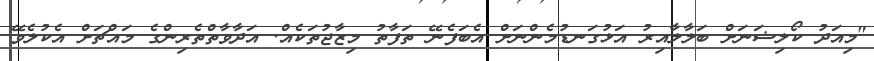
"މިއަދު ކޯލިޝަނަށް ބަލާލާއިރު އަޅުގަނޑުމެންނަށް އެބަފެނޭ ތަފާތު މިޒާޖުތަކެއް. އަދާވާތްތެރިންގެ މައްޗަށް އެކުލެވޭ